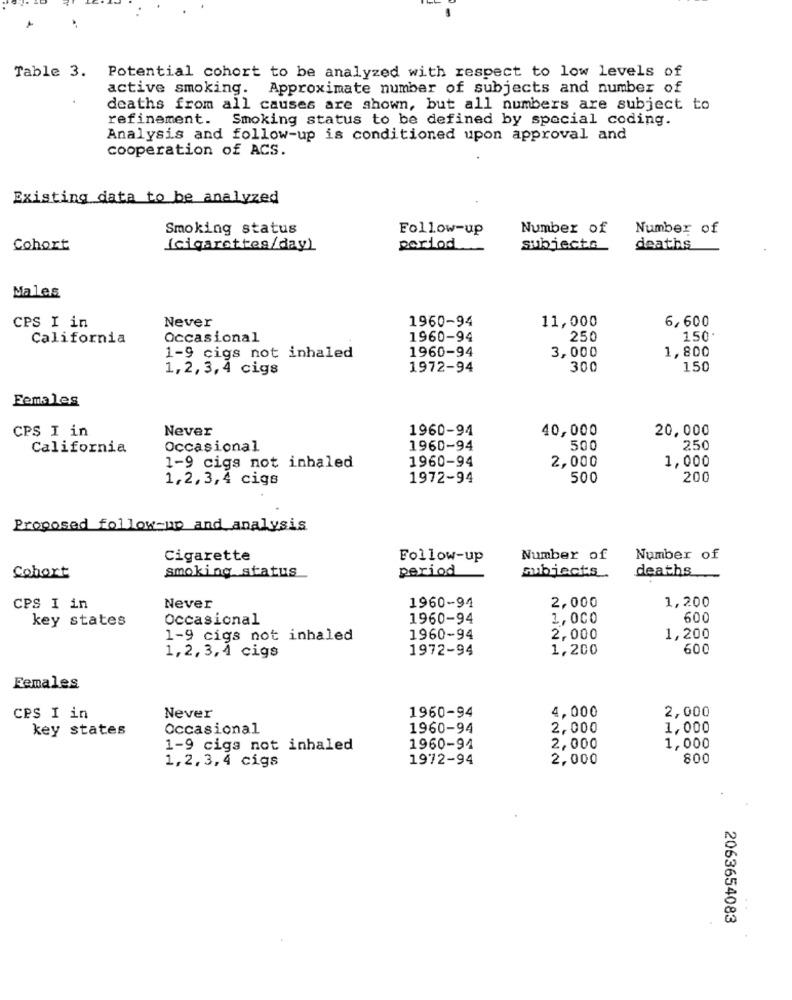
Table 3. Potential cohort to be analyzed with respect to low levels of
active smoking. Approximate number of subjects and number of
deaths from all causes are shown, but all numbers are subject to
refinement. Smoking status to be defined by special coding.
Analysis and follow-up is conditioned upon approval and
cooperation of ACS.
Existing data to be analyzed
Smoking status
Follow-up
Number of
Number of
Cohort
(cigarettes/day)
period
subjects
deaths
Males
Never
1960-94
6,600
CPS I in
11,000
California
Occasional
1960-94
250
150
1960-94
3,000
1,800
1-9 cigs not inhaled
1,2,3,4 cigs
1972-94
300
150
Females
Never
1960-94
40,000
20,000
CPS I in
California
Occasional
1960-94
500
250
1960-94
2,000
1,000
1-9 cigs not inhaled
1,2, 3,4 cigs
1972-94
500
200
Proposed follow-up and analysis
Cigarette
Follow-up
Number of
Number of
smoking status
period
Cohort
subjects.
deaths
1960-94
CPS I in
Never
2,000
1,200
key states
Occasional
1960-94
1,000
600
1-9 cigs not inhaled
1960-94
2,000
1,200
1972-94
1,200
600
1,2, 3, 4 cigs
Females
4,000
2,000
CPS I in
Never
1960-94
key states
Occasional
1960-94
2,000
1,000
1-9 ciga not inhaled
1960-94
2,000
1,000
1,2,3,4 cigs
1972-94
2,000
800
2063654083